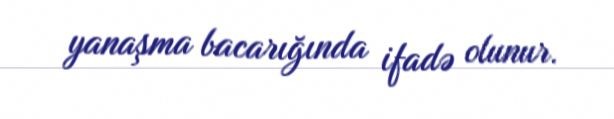
yanaşma bacarığında ifadə olunur.